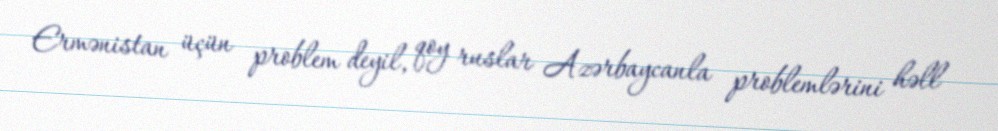
Ermənistan üçün problem deyil, qoy ruslar Azərbaycanla problemlərini həll